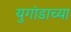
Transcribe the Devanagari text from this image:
युगांडाच्या